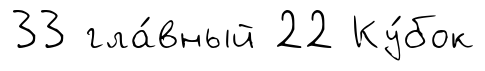
33 гла́вный 22 Ку́бок